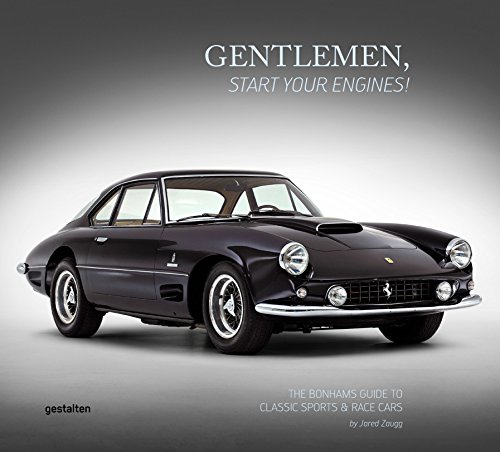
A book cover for Gentlemen, Start Your Engines!: The Bonhams Guide to Classic Race and Sports Cars; Engineering & Transportation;